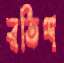
রতিশ